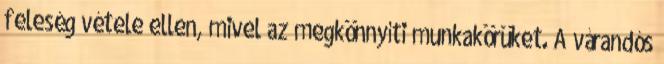
feleség vétele ellen, mivel az megkönnyíti munkakörüket. A várandós